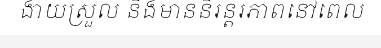
ងាយស្រួល និងមាននិរន្តរភាពនៅពេល